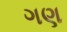
ગણ